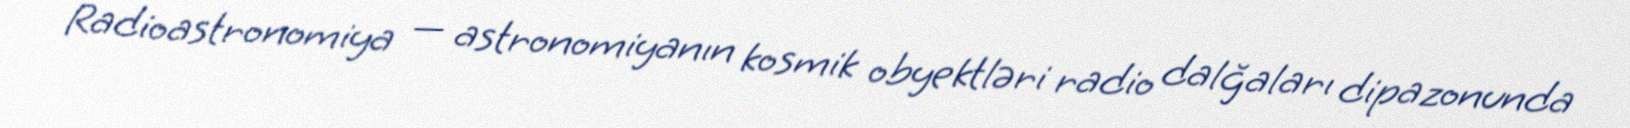
Radioastronomiya — astronomiyanın kosmik obyektləri radio dalğaları dipazonunda